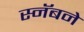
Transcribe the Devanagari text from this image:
स्नॅबने